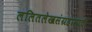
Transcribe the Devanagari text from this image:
ललितलेखसंग्रहासाठी